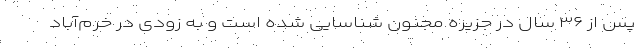
پس از ۳۶ سال در جزیره مجنون شناسایی شده است و به زودی در خرم‌آباد